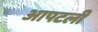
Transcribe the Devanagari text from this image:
आपटली